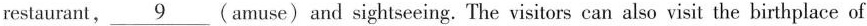
restaurant, \underline{9} (amuse) and sightseeing. The visitors can also visit the birthplace of